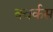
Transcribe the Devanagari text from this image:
क्वर्कस